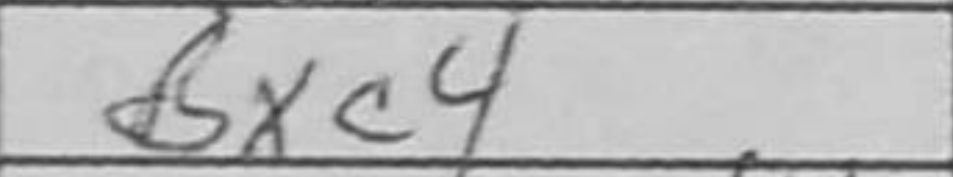
Transcription: Bxc4